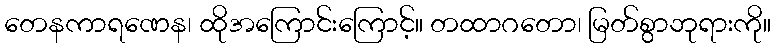
တေနကာရဏေန၊ ထိုအကြောင်းကြောင့်။ တထာဂတော၊ မြတ်စွာဘုရားကို။